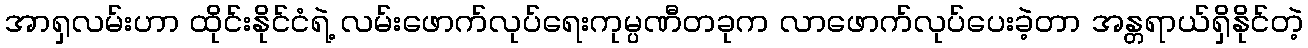
အာရှလမ်းဟာ ထိုင်းနိုင်ငံရဲ့ လမ်းဖောက်လုပ်ရေးကုမ္ပဏီတခုက လာဖောက်လုပ်ပေးခဲ့တာ အန္တရာယ်ရှိနိုင်တဲ့